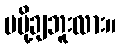
မပို့ချဘူးလား။